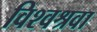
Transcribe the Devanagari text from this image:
विश्वश्रवा